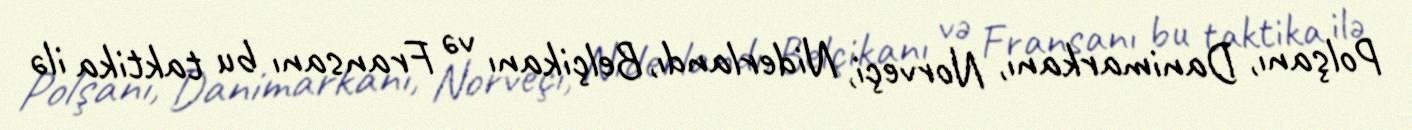
Polşanı, Danimarkanı, Norveçi, Niderlandı, Belçikanı və Fransanı bu taktika ilə